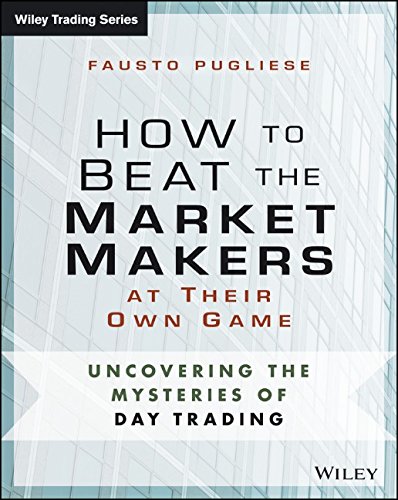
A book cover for How to Beat the Market Makers at Their Own Game: Uncovering the Mysteries of Day Trading (Wiley Trading); Fausto Pugliese; Business & Money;